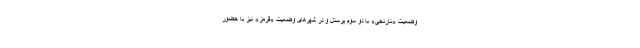
وضعیت «نارنجی» با دو سوم پرسنل و در شهرهای وضعیت «قرمز» نیز با حضور